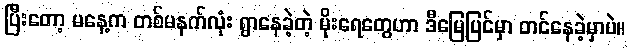
ပြီးတော့ မနေ့က တစ်မနက်လုံး ရွာနေခဲ့တဲ့ မိုးရေတွေဟာ ဒီမြေပြင်မှာ တင်နေခဲ့မှာပဲ။